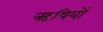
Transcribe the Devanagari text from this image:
ऋषियों